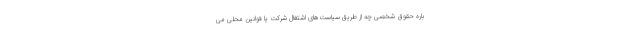
باره حقوق شخصی چه از طریق سیاست‌های اشتغال شرکت یا قوانین محلی می